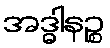
အဒ္ဓါနဉ္စ